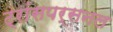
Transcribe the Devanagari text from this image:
ट्रांसपर्सनल